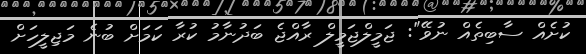
ކުށެއް ސާބިތެއް ނުވޭ": ޖަމީލްޖަމީލް ރާއްޖެ ބަދުނާމު ކުރާ ކަމަށް ބުނެ މަޖިލީހަށް